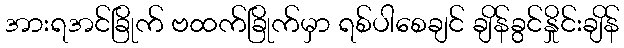
အားရအင်ခြိုက် ဗထက်ခြိုက်မှာ ရစ်ပါစေချင် ချိန်ခွင်နှိုင်းချိန်